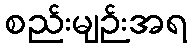
စည်းမျဉ်းအရ